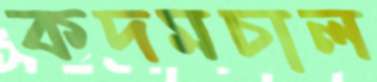
কদমচাল